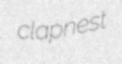
clapnest